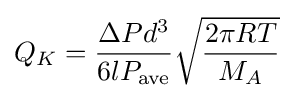
Q_{K}={\frac {\Delta Pd^{3}}{6lP_{\rm {ave}}}}{\sqrt {\frac {2\pi RT}{M_{A}}}}